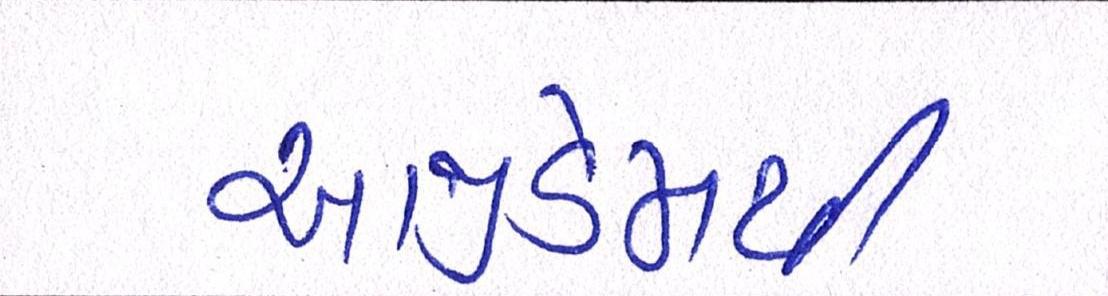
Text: આજીડેમથી